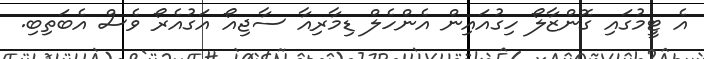
އެ ޓީމުގައި ގޮންޒާލޯ ހިގުއައިން އެންހެލް ޑިމާރިއާ ސާޖިއޯ އަގުއެރޯ ވެސް އެބަތިބި.